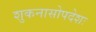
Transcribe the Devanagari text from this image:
शुकनासोपदेशः